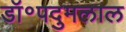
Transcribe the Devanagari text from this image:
डॉ॰पदुमलाल